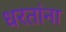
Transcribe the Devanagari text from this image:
धरतांना